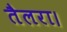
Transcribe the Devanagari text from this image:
तैलरा।